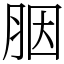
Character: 胭